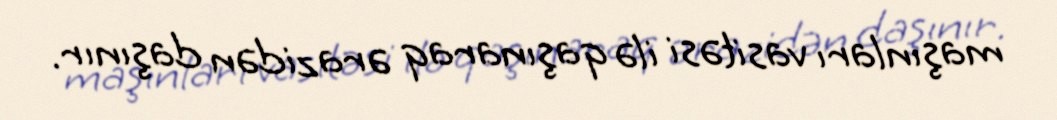
maşınları vasitəsi ilə qaşınaraq ərazidən daşınır.